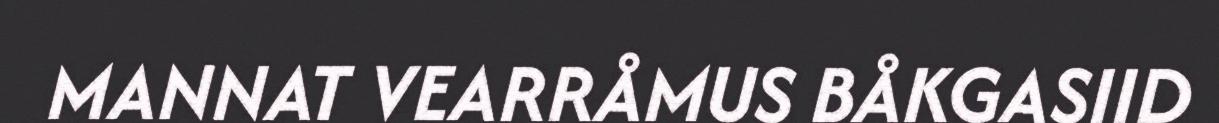
MANNAT VEARRÅMUS BÅKGASIID